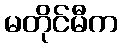
မတိုင်မီက